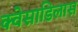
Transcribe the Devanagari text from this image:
क्वेसाडिलास